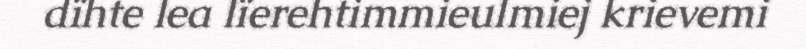
dïhte lea lïerehtimmieulmiej krievemi